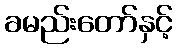
ခမည်းတော်နှင့်